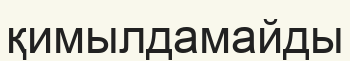
қимылдамайды